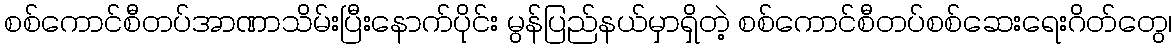
စစ်ကောင်စီတပ်အာဏာသိမ်းပြီးနောက်ပိုင်း မွန်ပြည်နယ်မှာရှိတဲ့ စစ်ကောင်စီတပ်စစ်ဆေးရေးဂိတ်တွေ၊